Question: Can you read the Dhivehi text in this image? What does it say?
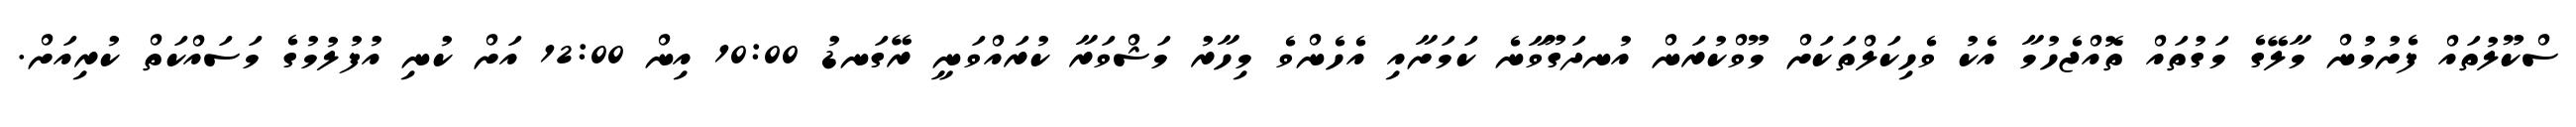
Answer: ސްކޫލުތައް ފެށުމުން މާލޭގެ މަގުތައް ތޮއްޖެހުމާ އެކު ވެހިކަލްތަކަށް މޫވްކުރަން އުނދަގޫވާނެ ކަމަށާއި އެހެންވެ މިހާރު މަޝްވަރާ ކުރައްވަނީ ރޭގަނޑު 10:00 އިން 12:00 އަށް ކުނި އުފުލުމުގެ މަސައްކަތް ކުރިއަށް.